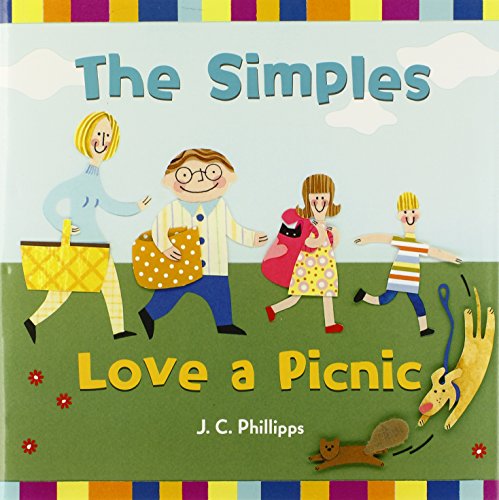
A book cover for The Simples Love a Picnic; J.C. Phillipps; Cookbooks, Food & Wine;